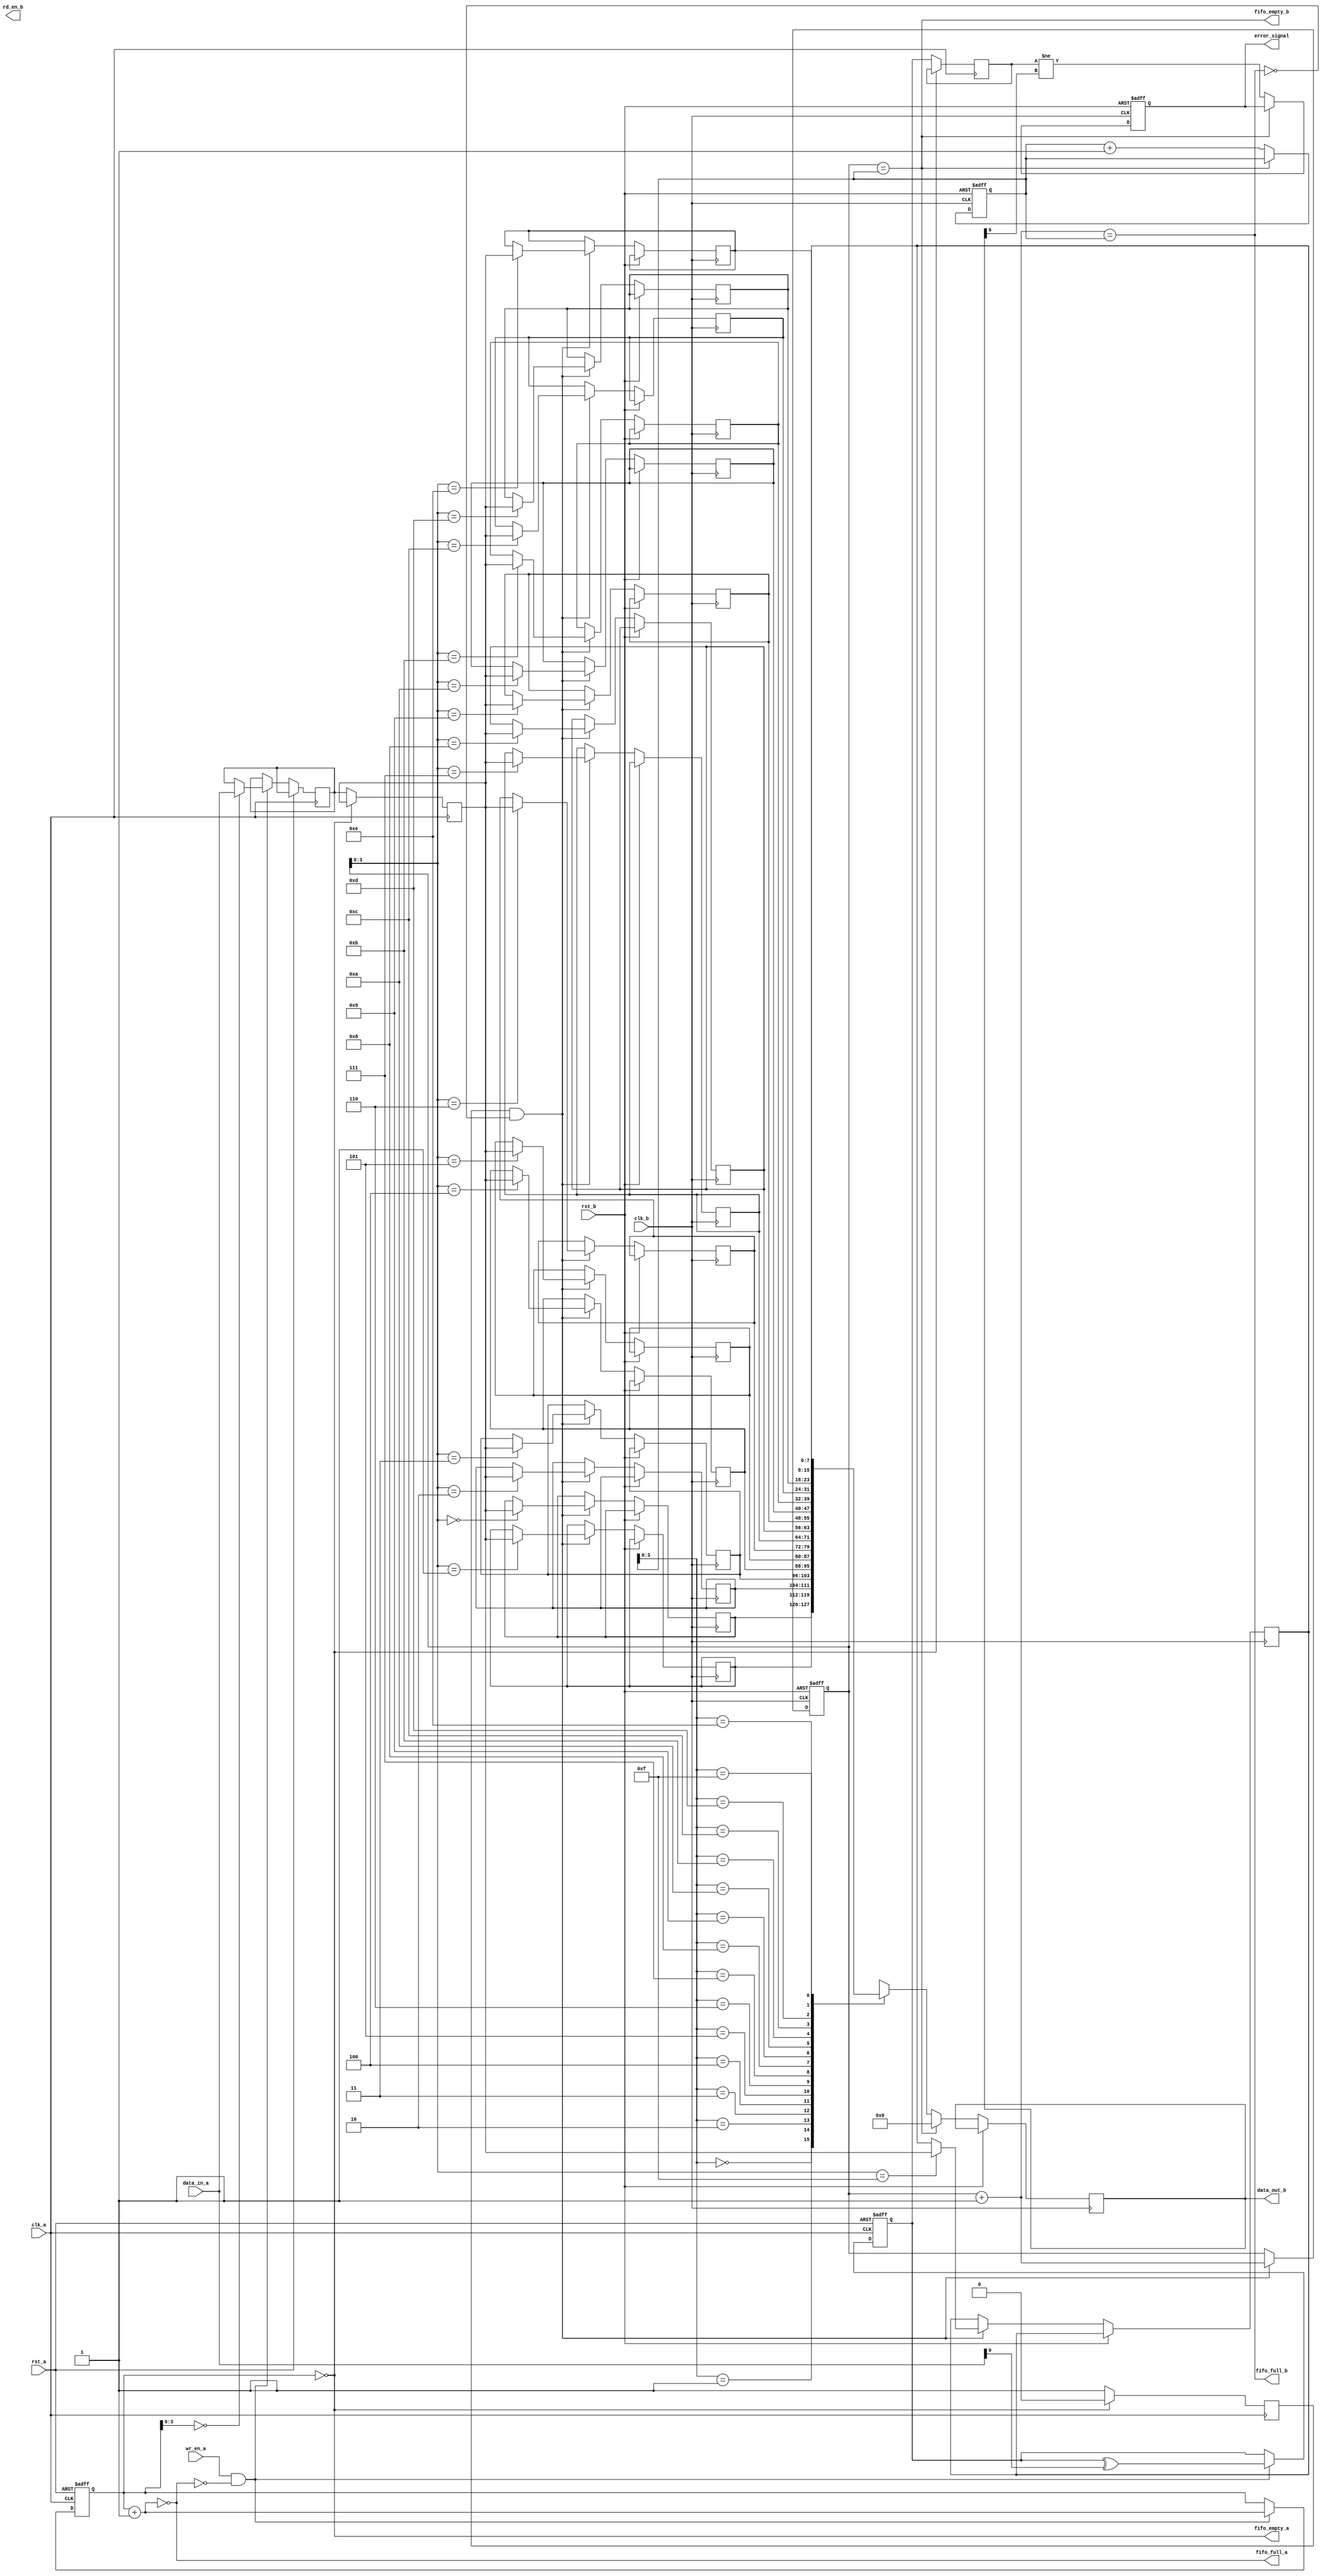
module CDC_with_Error_Detection #(
    parameter DATA_WIDTH = 8,
    parameter FIFO_DEPTH = 16
)(
    input wire clk_a,              // Source Clock
    input wire clk_b,              // Destination Clock
    input wire rst_a,              // Reset for Clock_A domain
    input wire rst_b,              // Reset for Clock_B domain
    input wire wr_en_a,            // Write enable for Clock_A
    input wire [DATA_WIDTH-1:0] data_in_a, // Data input for Clock_A
    output wire fifo_full_a,       // FIFO full status for Clock_A
    output wire fifo_empty_a,      // FIFO empty status for Clock_A
    output wire rd_en_b,           // Read enable for Clock_B
    output wire [DATA_WIDTH-1:0] data_out_b, // Data output for Clock_B
    output wire fifo_full_b,       // FIFO full status for Clock_B
    output wire fifo_empty_b,      // FIFO empty status for Clock_B
    output wire error_signal        // Error detection signal
);

// FIFO for Clock_A domain
reg [DATA_WIDTH-1:0] fifo_a [0:FIFO_DEPTH-1];
reg [4:0] wr_ptr_a = 0;
reg [4:0] rd_ptr_a = 0;

// FIFO for Clock_B domain
reg [DATA_WIDTH-1:0] fifo_b [0:FIFO_DEPTH-1];
reg [4:0] wr_ptr_b = 0;
reg [4:0] rd_ptr_b = 0;

assign fifo_full_a = (wr_ptr_a + 1'b1) == rd_ptr_a; // FIFO full condition
assign fifo_empty_a = (wr_ptr_a == rd_ptr_a); // FIFO empty condition

assign fifo_full_b = (wr_ptr_b + 1'b1) == rd_ptr_b; // FIFO full condition
assign fifo_empty_b = (wr_ptr_b == rd_ptr_b); // FIFO empty condition

// Parity bits
reg parity_a;
reg parity_b;

// Writing data into FIFO_A
always @(posedge clk_a or posedge rst_a) begin
    if (rst_a) begin
        wr_ptr_a <= 0;
        parity_a <= 0;
    end else if (wr_en_a && !fifo_full_a) begin
        fifo_a[wr_ptr_a] <= data_in_a;
        parity_a <= parity_a ^ data_in_a[0]; // Simple parity calculation
        wr_ptr_a <= wr_ptr_a + 1'b1;
    end
end

// Synchronization logic
reg [DATA_WIDTH-1:0] sync_data;
reg sync_parity;
reg data_valid;

// Synchronizer for data crossing to Clock_B
always @(posedge clk_a) begin
    if (!fifo_empty_a) begin
        sync_data <= fifo_a[rd_ptr_a];
        sync_parity <= parity_a;
        data_valid <= 1'b1;
    end else begin
        data_valid <= 1'b0;
    end
end

// Writing data into FIFO_B
always @(posedge clk_b or posedge rst_b) begin
    if (rst_b) begin
        wr_ptr_b <= 0;
    end else if (data_valid && !fifo_full_b) begin
        fifo_b[wr_ptr_b] <= sync_data;
        wr_ptr_b <= wr_ptr_b + 1'b1;
    end
end

// Reading data from FIFO_B
always @(posedge clk_b or posedge rst_b) begin
    if (rst_b) begin
        rd_ptr_b <= 0;
        error_signal <= 0;
    end else if (!fifo_empty_b) begin
        data_out_b <= fifo_b[rd_ptr_b];
        // Check parity for error detection
        error_signal <= (sync_parity != data_out_b[0]); // Compare parity
        rd_ptr_b <= rd_ptr_b + 1'b1;
    end else begin
        data_out_b <= 0; // Output zero if FIFO is empty
    end
end

endmodule